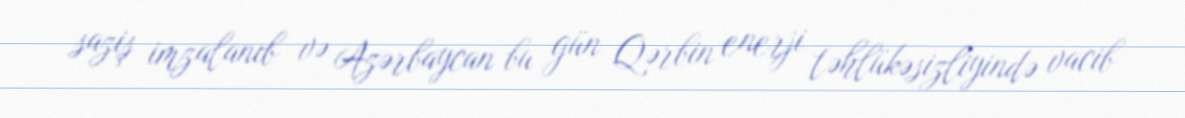
saziş imzalanıb və Azərbaycan bu gün Qərbin enerji təhlükəsizliyində vacib